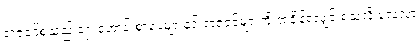
ရာဇဝင်စသည့် ရှေးဟောင်းစာပေများနှင့် ရာဇဝင်များကို အချိန်ရလျှင် ရသလို လေ့လာ